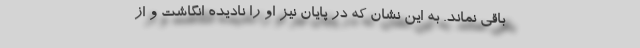
باقی نمانَد. به این نشان که در پایان نیز او را نادیده انگاشت و از